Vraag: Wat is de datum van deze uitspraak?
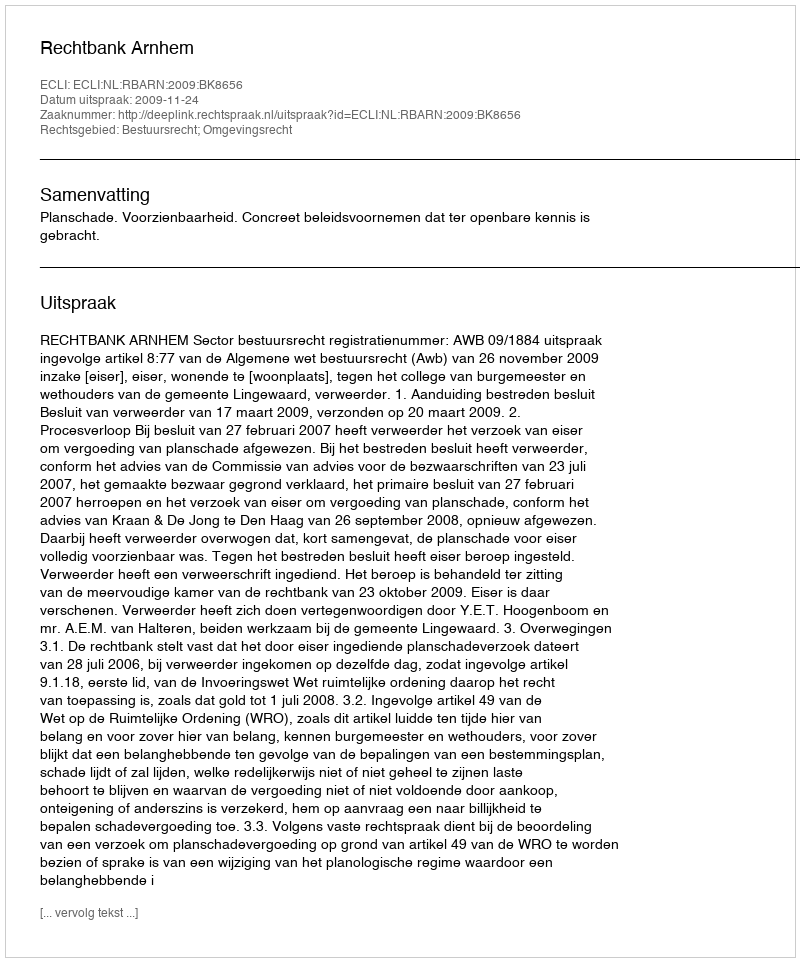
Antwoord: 2009-11-24